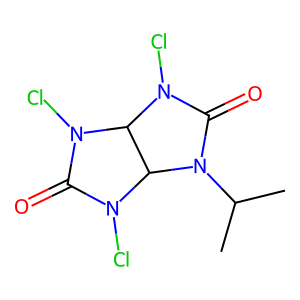
SMILES: CC(C)N1C(=O)N(Cl)C2C1N(Cl)C(=O)N2Cl
Inhibits HIV replication: No